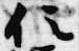
位